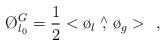
LaTeX: \begin{align*}\O_{l_{0}}^{G}=\frac{1}{2}<\o_{l}\stackrel{\wedge}{,}\o_{g}> \ \ ,\end{align*}